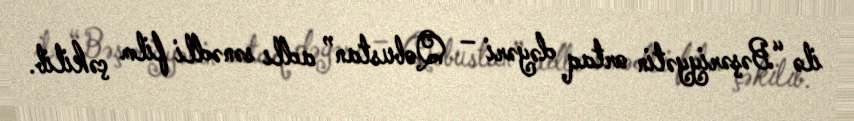
ilə “Bəşəriyyətin ortaq dəyəri – Qobustan” adlı sənədli film çəkilib.